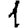
Digit: 1